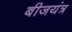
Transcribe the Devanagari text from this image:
बीजयंत्र